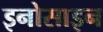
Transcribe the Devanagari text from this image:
इनोसाइन